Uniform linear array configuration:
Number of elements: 48
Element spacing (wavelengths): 0.75
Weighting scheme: binomial
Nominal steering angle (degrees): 15
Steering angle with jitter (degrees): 13.175
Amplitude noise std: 0.05
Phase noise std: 0.05

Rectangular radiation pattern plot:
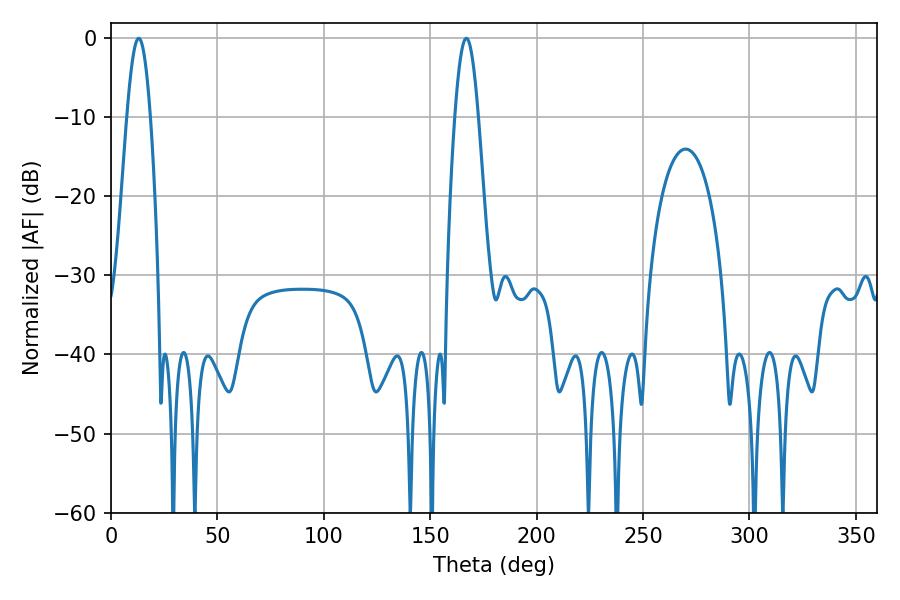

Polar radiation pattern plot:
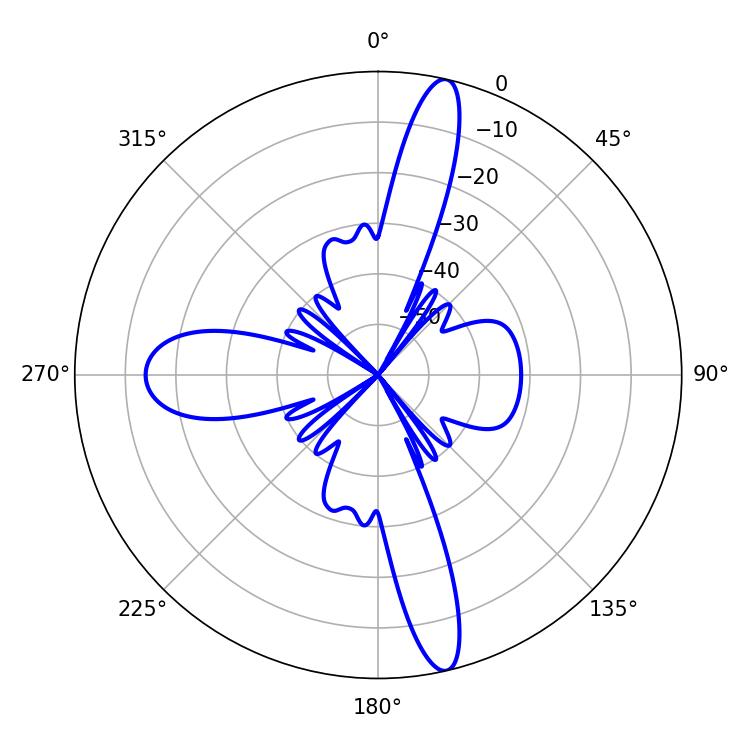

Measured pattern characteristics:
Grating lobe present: TRUE
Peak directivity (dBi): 17.012
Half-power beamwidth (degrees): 5.94
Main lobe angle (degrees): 12.96